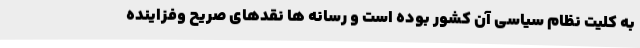
به کلیت نظام سیاسی آن کشور بوده است و رسانه ها نقدهای صریح وفزاینده